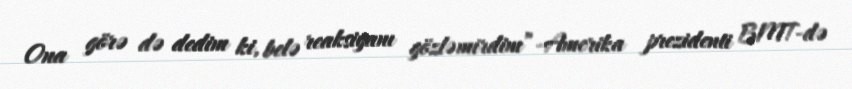
Ona görə də dedim ki, belə reaksiyanı gözləmirdim”-Amerika prezidenti BMT-də